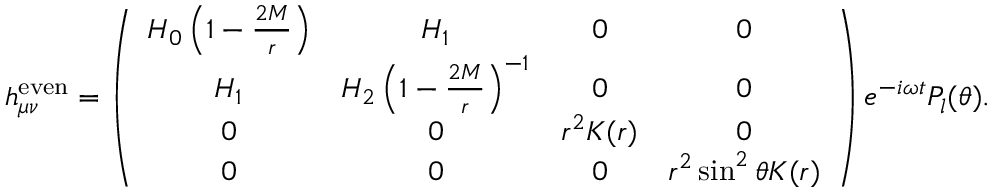
h _ { \mu \nu } ^ { \mathrm { e v e n } } = \left( \begin{array} { c c c c } { { H _ { 0 } \left( 1 - { \frac { 2 M } { r } } \right) } } & { { H _ { 1 } } } & { { 0 } } & { { 0 } } \\ { { H _ { 1 } } } & { { H _ { 2 } \left( 1 - { \frac { 2 M } { r } } \right) ^ { - 1 } } } & { { 0 } } & { { 0 } } \\ { { 0 } } & { { 0 } } & { { r ^ { 2 } K ( r ) } } & { { 0 } } \\ { { 0 } } & { { 0 } } & { { 0 } } & { { r ^ { 2 } \sin ^ { 2 } \theta K ( r ) } } \end{array} \right) e ^ { - i \omega t } P _ { l } ( \theta ) .